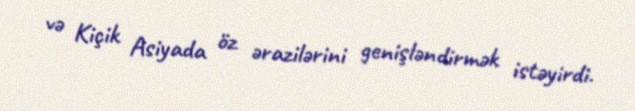
və Kiçik Asiyada öz ərazilərini genişləndirmək istəyirdi.